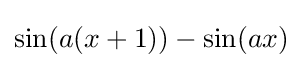
\sin(a(x+1))-\sin(ax)